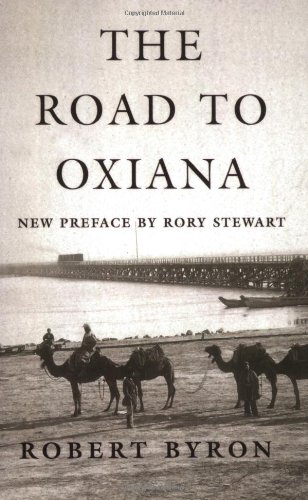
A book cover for The Road to Oxiana; Robert Byron; Travel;